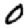
Digit: 0